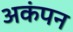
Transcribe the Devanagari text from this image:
अकंपन